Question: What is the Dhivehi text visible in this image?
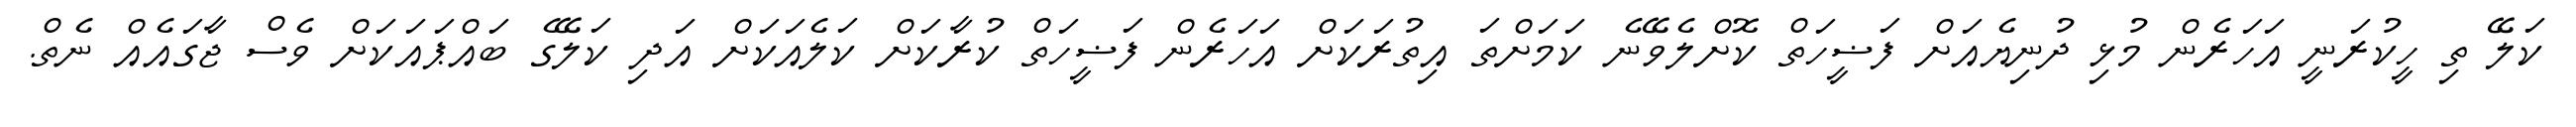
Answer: ކަލޭ ތި ހީކުރަނީ އަހަރެން މުޅި ދުނިޔެއަށް ފަޟީހަތް ކޮށްލެވޭނެ ކަމަށްތަ އިތުރަކަށް އަހަރެން ފަޟީހަތް ކުރާކަށް ކަލެއަކަށް އަދި ކަލޭގެ ބައްޕައަކަށް ވެސް ޖާގައެއް ނެތް.